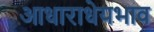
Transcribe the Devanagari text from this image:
आधाराधेयभाव